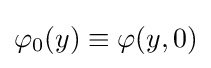
\varphi _{0}(y)\equiv \varphi (y,0)